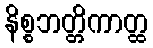
နိစ္စဘတ္တိကာတ္ထ